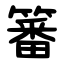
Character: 䉒